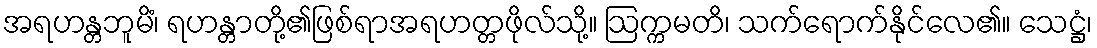
အရဟန္တဘူမိံ၊ ရဟန္တာတို့၏ဖြစ်ရာအရဟတ္တဖိုလ်သို့။ ဩက္ကမတိ၊ သက်ရောက်နိုင်လေ၏။ သေဋ္ဌံ၊